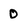
Character: 0